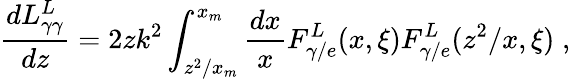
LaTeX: \frac{dL_{\gamma\gamma}^{L}}{dz}=2zk^{2}\int_{z^{2}/x_{m}}^{x_{m}}\frac{dx}{x}F_{\gamma/e}^{L}(x,\xi)F_{\gamma/e}^{L}(z^{2}/x,\xi)\; ,